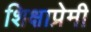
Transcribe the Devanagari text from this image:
शिक्षाप्रेमी